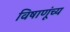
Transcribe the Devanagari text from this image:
विषाणूंच्य